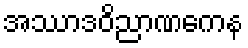
အဿာဒဝိညာဏကေန